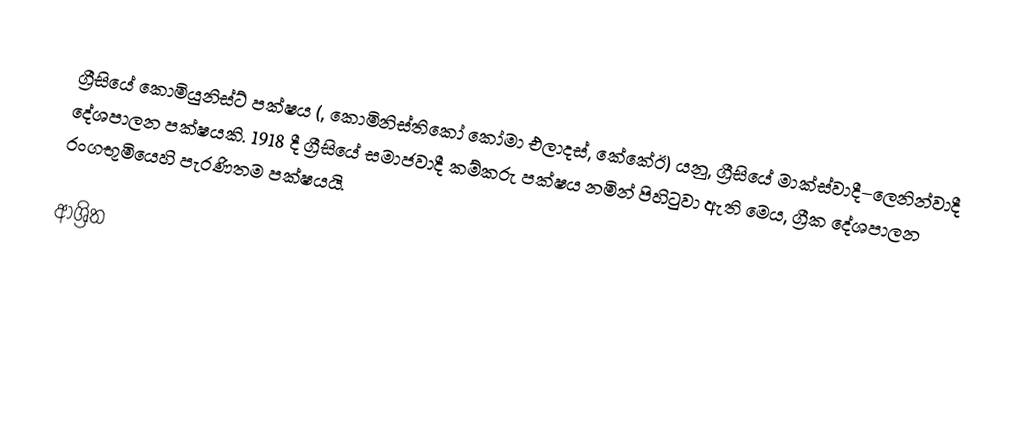
ග්‍රීසියේ කොමියුනිස්ට් පක්ෂය (, කොමිනිස්තිකෝ කෝමා එලාදස්, කේකේඊ) යනු,  ග්‍රීසියේ මාක්ස්වාදී–ලෙනින්වාදී දේශපාලන පක්ෂයකි. 1918 දී ග්‍රීසියේ සමාජවාදී කම්කරු පක්ෂය නමින් පිහිටුවා ඇති මෙය, ග්‍රීක දේශපාලන රංගභූමියෙහි  පැරණිතම පක්ෂයයි.

ආශ්‍රිත